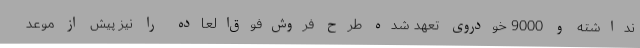
نداشته و 9000 خودروی تعهد شده طرح فروش‌فوق‌العاده را نیز پیش از موعد